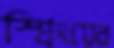
স্প্রিংয়ের